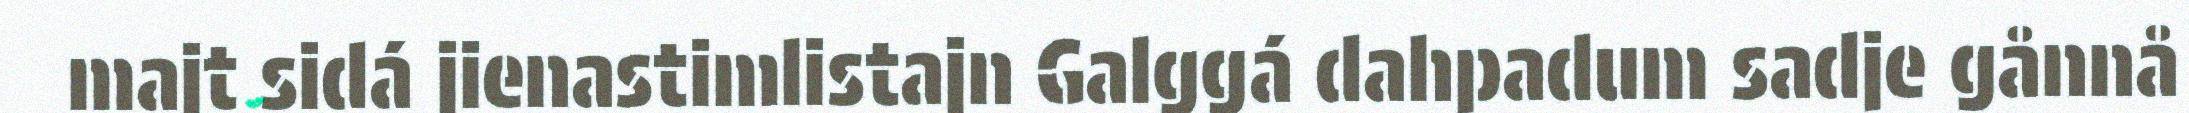
majt sidá jienastimlistajn Galggá dahpadum sadje gånnå